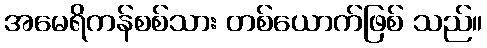
အမေရိကန်စစ်သား တစ်ယောက်ဖြစ် သည်။